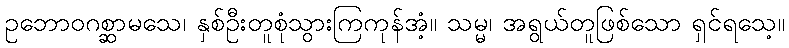
ဥဘောဝဂစ္ဆာမသေ၊ နှစ်ဦးတူစုံသွားကြကုန်အံ့။ သမ္မ၊ အရွယ်တူဖြစ်သော ရှင်ရသေ့။